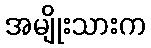
အမျိုးသားက